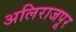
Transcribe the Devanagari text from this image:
अलिराजपूर